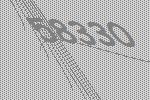
58330